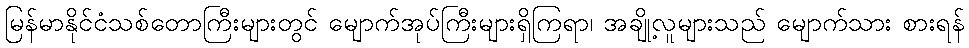
မြန်မာနိုင်ငံသစ်တောကြီးများတွင် မျောက်အုပ်ကြီးများရှိကြရာ၊ အချို့လူများသည် မျောက်သား စားရန်